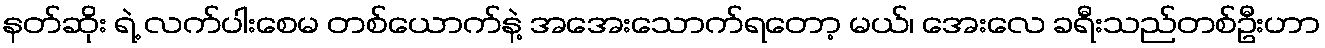
နတ်ဆိုး ရဲ့ လက်ပါးစေမ တစ်ယောက်နဲ့ အအေးသောက်ရတော့ မယ်၊ အေးလေ ခရီးသည်တစ်ဦးဟာ